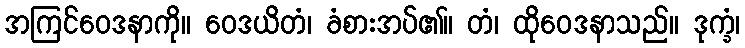
အကြင်ဝေဒနာကို။ ဝေဒယိတံ၊ ခံစားအပ်၏။ တံ၊ ထိုဝေဒနာသည်။ ဒုက္ခံ၊